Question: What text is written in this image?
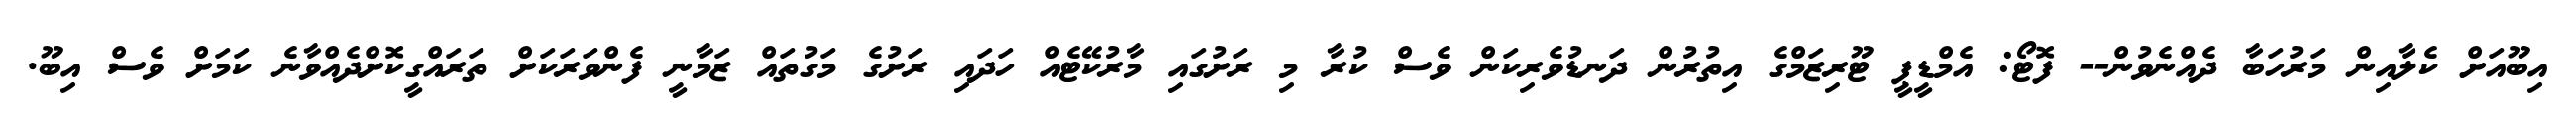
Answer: އިބޫއަށް ކެލާއިން މަރުހަބާ ދެއްނެވުން-- ފޮޓޯ: އެމްޑީޕީ ޓޫރިޒަމްގެ އިތުރުން ދަނޑުވެރިކަން ވެސް ކުރާ މި ރަށުގައި މާރުކޭޓެއް ހަދައި ރަށުގެ މަގުތައް ޒަމާނީ ފެންވަރަކަށް ތަރައްގީކޮށްދެއްވާނެ ކަމަށް ވެސް އިބޫ.